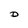
Character: D